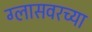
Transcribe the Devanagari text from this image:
ग्लासवरच्या